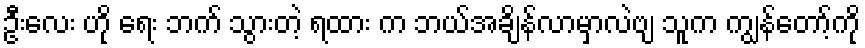
ဦးလေး ဟို ရေး ဘက် သွားတဲ့ ရထား က ဘယ်အချိန်လာမှာလဲဗျ သူက ကျွန်တော့်ကို